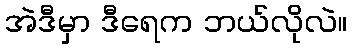
အဲဒီမှာ ဒီရေက ဘယ်လိုလဲ။